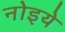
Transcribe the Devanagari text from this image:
नोइये